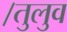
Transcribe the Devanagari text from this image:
।तुलुव